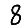
Digit: 8